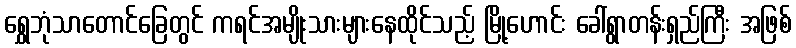
ရွှေဘုံသာတောင်ခြေတွင် ကရင်အမျိုးသားများနေထိုင်သည့် မြို့ဟောင်း ခေါ်ရွာတန်းရှည်ကြီး အဖြစ်